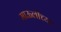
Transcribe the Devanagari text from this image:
माऊलीच्या